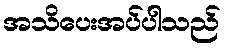
အသိပေးအပ်ပါသည်